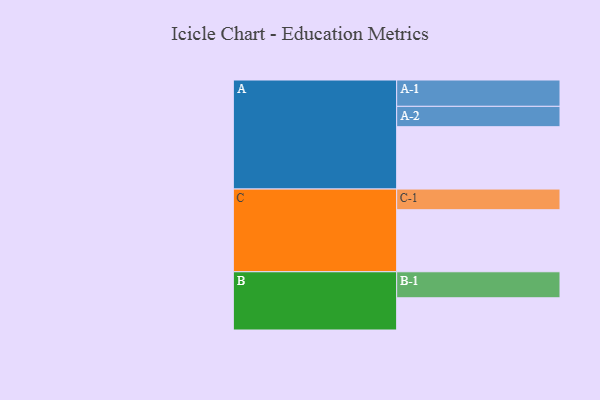
{"axis": {"x": "Segment", "y": "Value"}, "legend": ["", "A", "B", "C"], "data": [{"x": "A", "y": 594, "type": ""}, {"x": "B", "y": 307, "type": ""}, {"x": "C", "y": 591, "type": ""}, {"x": "A-1", "y": 251, "type": "A"}, {"x": "A-2", "y": 194, "type": "A"}, {"x": "B-1", "y": 248, "type": "B"}, {"x": "C-1", "y": 197, "type": "C"}]}